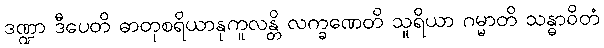
ဒဏ္ဍာ ဒီပေတိ ဓာတုစရိယာနုကူလန္တိ လက္ခဏေတိ သူရိယာ ဂမ္မာတိ သန္ဓာဝိတံ